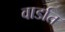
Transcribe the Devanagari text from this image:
वार्डात